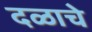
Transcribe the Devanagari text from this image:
दळाचे